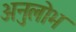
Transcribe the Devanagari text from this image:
अनुलोभ